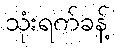
သုံးရက်ခန့်